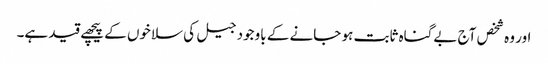
اور وہ شخص آج بےگناہ ثابت ہو جانے کے باوجود جیل کی سلاخوں کے پیچھے قید ہے۔